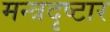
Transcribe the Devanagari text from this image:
मन्त्रदृष्टार